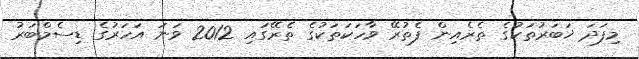
މިފަދަ ޚަބަރުތަކުގެ ތެރެއިން ފެތުރޭ ވާހަކަތަކުގެ ތެރޭގައި 2012 ވަނަ އަހަރުގެ ޑިސެމްބަރު